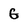
Character: G